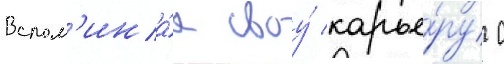
Вспом'ина́я своу́ карье́ру с